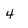
Character: 4